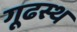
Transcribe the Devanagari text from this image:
गूढस्थ